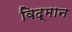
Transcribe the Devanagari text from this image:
विद्मान